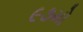
૯૭મો